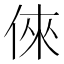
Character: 倈